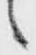
々